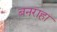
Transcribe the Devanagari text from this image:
बनराहा